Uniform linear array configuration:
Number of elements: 64
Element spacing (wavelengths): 1
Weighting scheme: hann
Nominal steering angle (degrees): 60
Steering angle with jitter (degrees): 61.549
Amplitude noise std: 0.05
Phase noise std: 0.05

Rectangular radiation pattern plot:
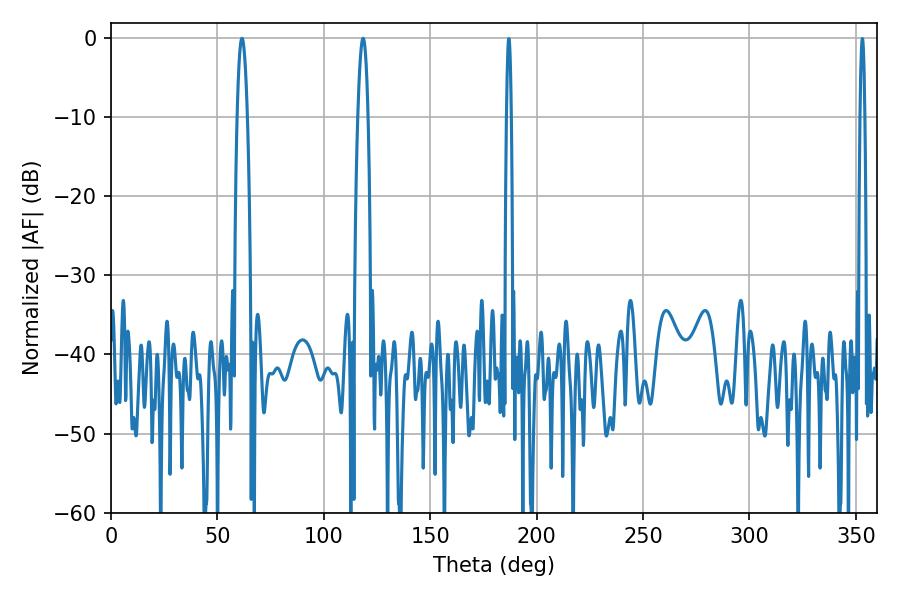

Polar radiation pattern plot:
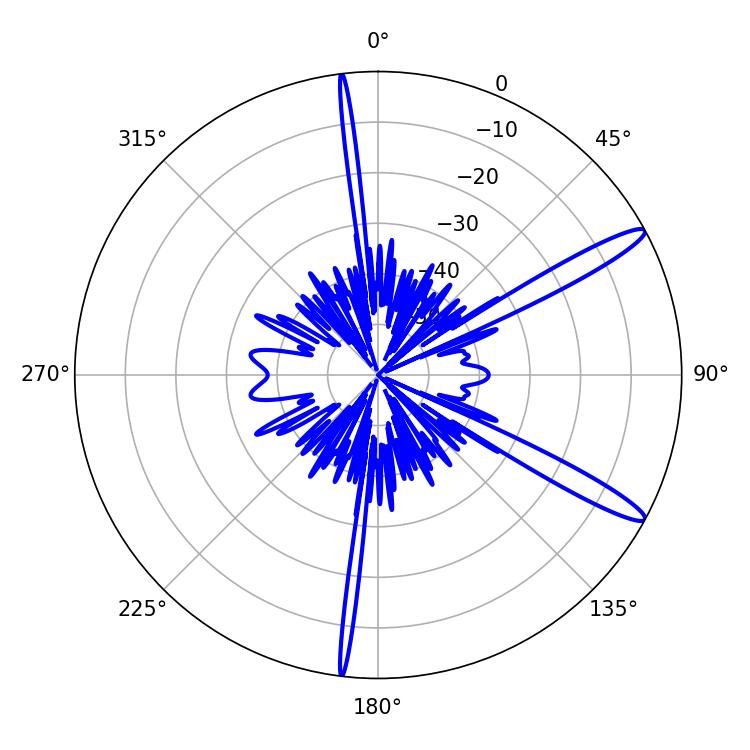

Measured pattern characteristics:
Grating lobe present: TRUE
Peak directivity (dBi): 13.823
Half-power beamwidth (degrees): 2.52
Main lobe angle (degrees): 61.56